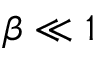
\beta \ll 1